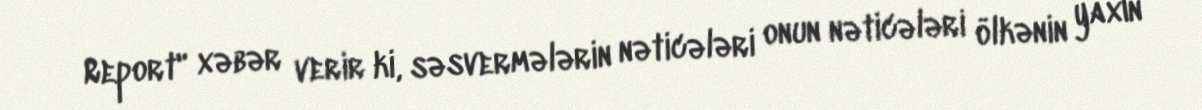
Report" xəbər verir ki, səsvermələrin nəticələri onun nəticələri ölkənin yaxın